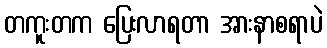
တကူးတက ပြေးလာရတာ အားနာစရာပဲ